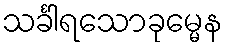
သင်္ခါရသောခုမ္မေန